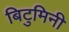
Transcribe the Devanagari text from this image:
बिटुमिनी